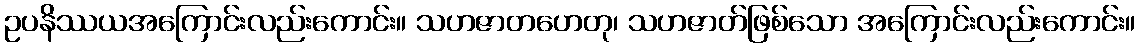
ဥပနိဿယအကြောင်းလည်းကောင်း။ သဟဇာတဟေတု၊ သဟဇာတ်ဖြစ်သော အကြောင်းလည်းကောင်း။